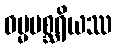
ဓမ္မမစ္ဆရိယဿ